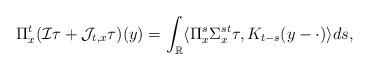
LaTeX: \begin{align*}\Pi_x^t(\mathcal{I}\tau+\mathcal{J}_{t,x}\tau)(y)=\int_{\mathbb{R}}\langle \Pi^s_x\Sigma^{st}_x\tau, K_{t-s}(y-\cdot)\rangle ds,\end{align*}